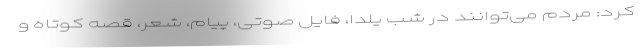
کرد: مردم می‌توانند در شب یلدا، فایل صوتی، پیام، شعر، قصه کوتاه و